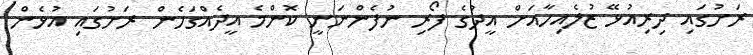
ރަށުގައި ދިރިއުޅޭ ޒުލެއިހާއަށް އީދުގެ ފޯރި ނުފެންނަނީ ކޮންމެ އީދެއްގަހެން ރަށުގައި އުޅެން